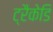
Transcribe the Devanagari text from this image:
ट्रैकेडि